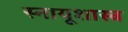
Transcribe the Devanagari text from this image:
स्नायूशास्त्र